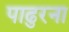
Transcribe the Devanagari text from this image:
पाढुरना